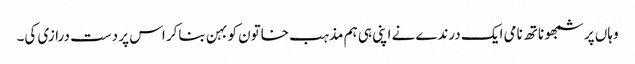
وہاں پر شمبھو ناتھ نامی ایک درندے نے اپنی ہی ہم مذہب خاتون کو بہن بناکر اس پر دست درازی کی۔